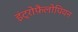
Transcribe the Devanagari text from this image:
इंट्रोफ़ैलोपियन